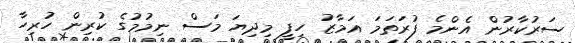
ސަރުކާރުން އެންމެ ފުރަތަމަ އަމާޒު ހިފީ މިދިޔަ މަސް ނިމުމުގެ ކުރިން ހުރިހާ